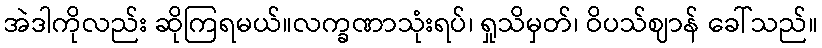
အဲဒါကိုလည်း ဆိုကြရမယ်။လက္ခဏာသုံးရပ်၊ ရှုသိမှတ်၊ ဝိပသ်ဈာန် ခေါ်သည်။